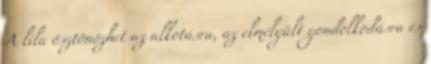
A lila ösztönözhet az alkotásra, az elmélyült gondolkodásra és